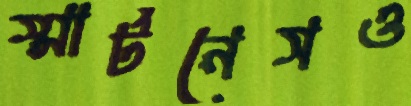
স্মার্টনেসও